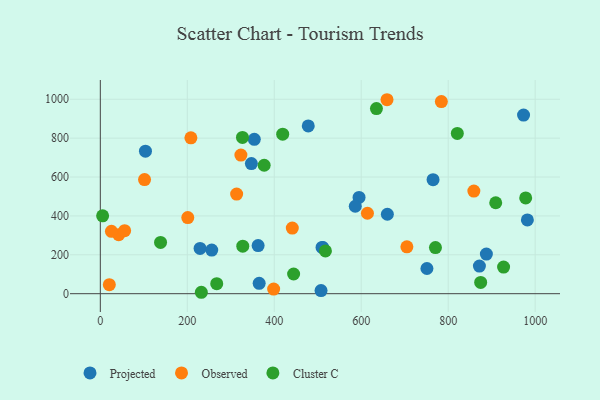
{"axis": {"x": "Study Hours", "y": "Exam Score"}, "legend": ["Cluster C", "Observed", "Projected"], "data": [{"x": "982.1", "y": 379.5, "type": "Projected"}, {"x": "887.8", "y": 203.8, "type": "Projected"}, {"x": "103.8", "y": 733.2, "type": "Projected"}, {"x": "362.9", "y": 247.5, "type": "Projected"}, {"x": "595.0", "y": 495.1, "type": "Projected"}, {"x": "871.8", "y": 142.3, "type": "Projected"}, {"x": "507.6", "y": 16.0, "type": "Projected"}, {"x": "511.8", "y": 237.6, "type": "Projected"}, {"x": "229.4", "y": 233.0, "type": "Projected"}, {"x": "660.1", "y": 408.7, "type": "Projected"}, {"x": "973.3", "y": 918.6, "type": "Projected"}, {"x": "509.9", "y": 237.8, "type": "Projected"}, {"x": "478.2", "y": 863.0, "type": "Projected"}, {"x": "765.2", "y": 586.6, "type": "Projected"}, {"x": "347.4", "y": 669.2, "type": "Projected"}, {"x": "751.1", "y": 129.7, "type": "Projected"}, {"x": "354.1", "y": 794.0, "type": "Projected"}, {"x": "365.3", "y": 53.4, "type": "Projected"}, {"x": "586.3", "y": 449.7, "type": "Projected"}, {"x": "256.2", "y": 224.3, "type": "Projected"}, {"x": "398.6", "y": 23.7, "type": "Observed"}, {"x": "42.3", "y": 303.2, "type": "Observed"}, {"x": "614.3", "y": 413.7, "type": "Observed"}, {"x": "25.6", "y": 321.0, "type": "Observed"}, {"x": "659.3", "y": 997.6, "type": "Observed"}, {"x": "201.1", "y": 391.4, "type": "Observed"}, {"x": "208.3", "y": 801.7, "type": "Observed"}, {"x": "101.7", "y": 586.8, "type": "Observed"}, {"x": "313.5", "y": 512.1, "type": "Observed"}, {"x": "784.3", "y": 988.1, "type": "Observed"}, {"x": "20.7", "y": 46.6, "type": "Observed"}, {"x": "859.0", "y": 527.8, "type": "Observed"}, {"x": "323.3", "y": 712.9, "type": "Observed"}, {"x": "55.9", "y": 324.1, "type": "Observed"}, {"x": "705.0", "y": 241.3, "type": "Observed"}, {"x": "441.5", "y": 337.6, "type": "Observed"}, {"x": "770.7", "y": 237.4, "type": "Cluster C"}, {"x": "138.5", "y": 263.9, "type": "Cluster C"}, {"x": "821.0", "y": 824.5, "type": "Cluster C"}, {"x": "5.3", "y": 400.3, "type": "Cluster C"}, {"x": "232.3", "y": 7.3, "type": "Cluster C"}, {"x": "635.0", "y": 952.0, "type": "Cluster C"}, {"x": "978.2", "y": 492.5, "type": "Cluster C"}, {"x": "444.5", "y": 101.3, "type": "Cluster C"}, {"x": "326.9", "y": 803.8, "type": "Cluster C"}, {"x": "874.7", "y": 58.0, "type": "Cluster C"}, {"x": "517.7", "y": 220.0, "type": "Cluster C"}, {"x": "909.3", "y": 467.8, "type": "Cluster C"}, {"x": "376.8", "y": 660.7, "type": "Cluster C"}, {"x": "267.7", "y": 51.6, "type": "Cluster C"}, {"x": "419.4", "y": 820.5, "type": "Cluster C"}, {"x": "327.6", "y": 244.2, "type": "Cluster C"}, {"x": "927.4", "y": 136.9, "type": "Cluster C"}]}